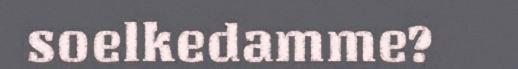
soelkedamme?